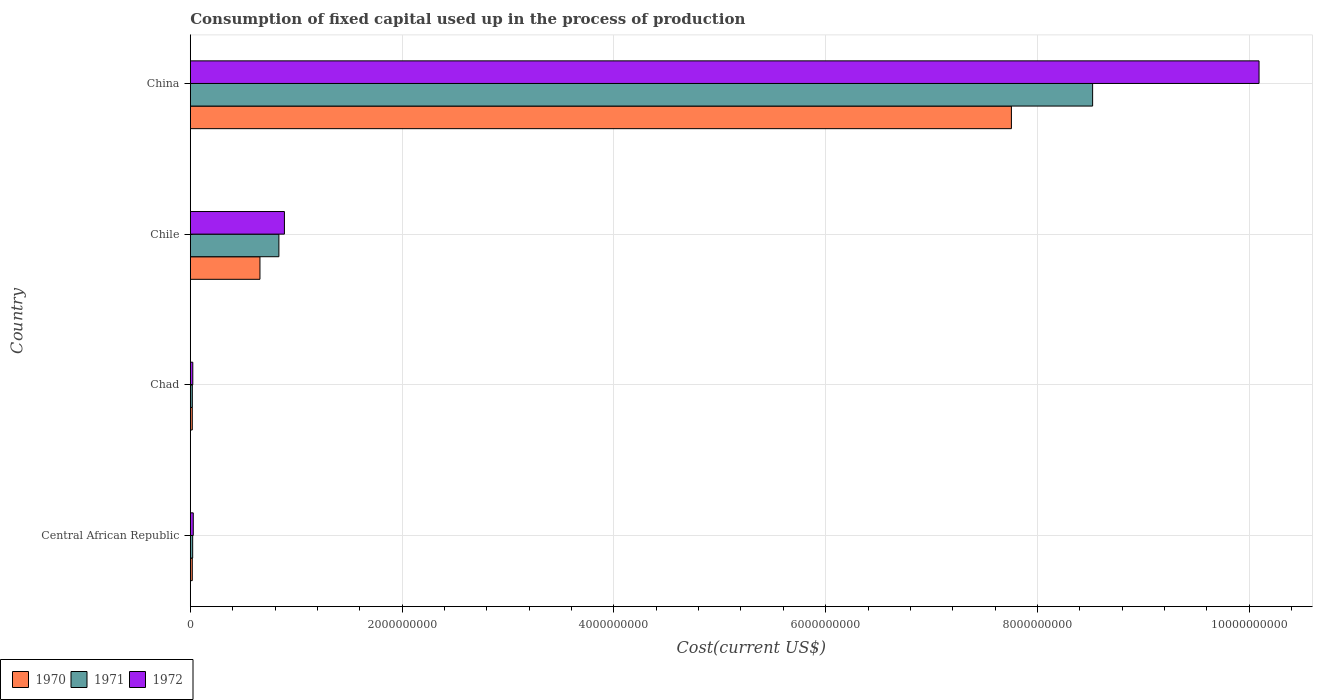
| Country | 1970 | 1971 | 1972 |
 | --- | --- | --- | --- |
 | Central African Republic | 1.88e+07 | 2.25e+07 | 2.81e+07 |
 | Chad | 1.87e+07 | 1.92e+07 | 2.37e+07 |
 | Chile | 6.58e+08 | 8.37e+08 | 8.89e+08 |
 | China | 7.75e+09 | 8.52e+09 | 1.01e+10 |